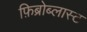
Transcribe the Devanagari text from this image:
फ़िब्रोब्लास्ट